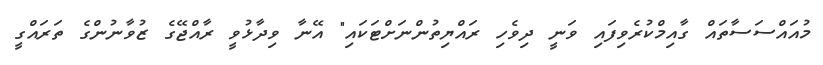
މުއައްސަސާތައް ގާއިމްކުރެވިފައި ވަނީ ދިވެހި ރައްޔިތުންނަށްޓަކައި" އޭނާ ވިދާޅުވީ ރާއްޖޭގެ ޒުވާނުންގެ ތަރައްގީ